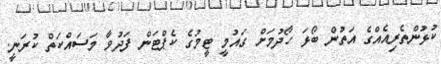
ކުޅުންތެރިއެއްގެ އަތުން ބޯޅަ ހޯދުމަށް ގައުމީ ޓީމުގެ ކެޕްޓަން ފަދުވާ މަސައްކަތް ކުރަނީ.